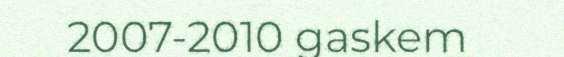
2007-2010 gaskem